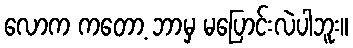
လောက ကတော့ ဘာမှ မပြောင်းလဲပါဘူး။